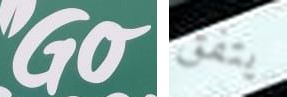
Go يتفق